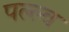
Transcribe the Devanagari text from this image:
पल्ल्व